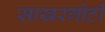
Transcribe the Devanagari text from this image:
साखरगोटी